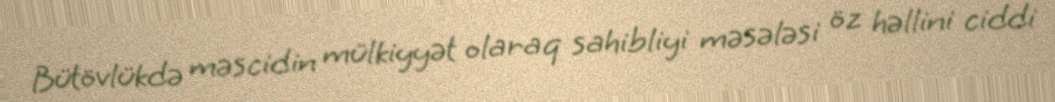
Bütövlükdə məscidin mülkiyyət olaraq sahibliyi məsələsi öz həllini ciddi